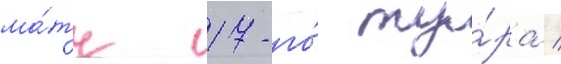
ма́тч 17-го́ ту́ра /